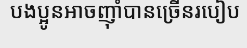
បងប្អូនអាចញ៉ាំបានច្រើនរបៀប